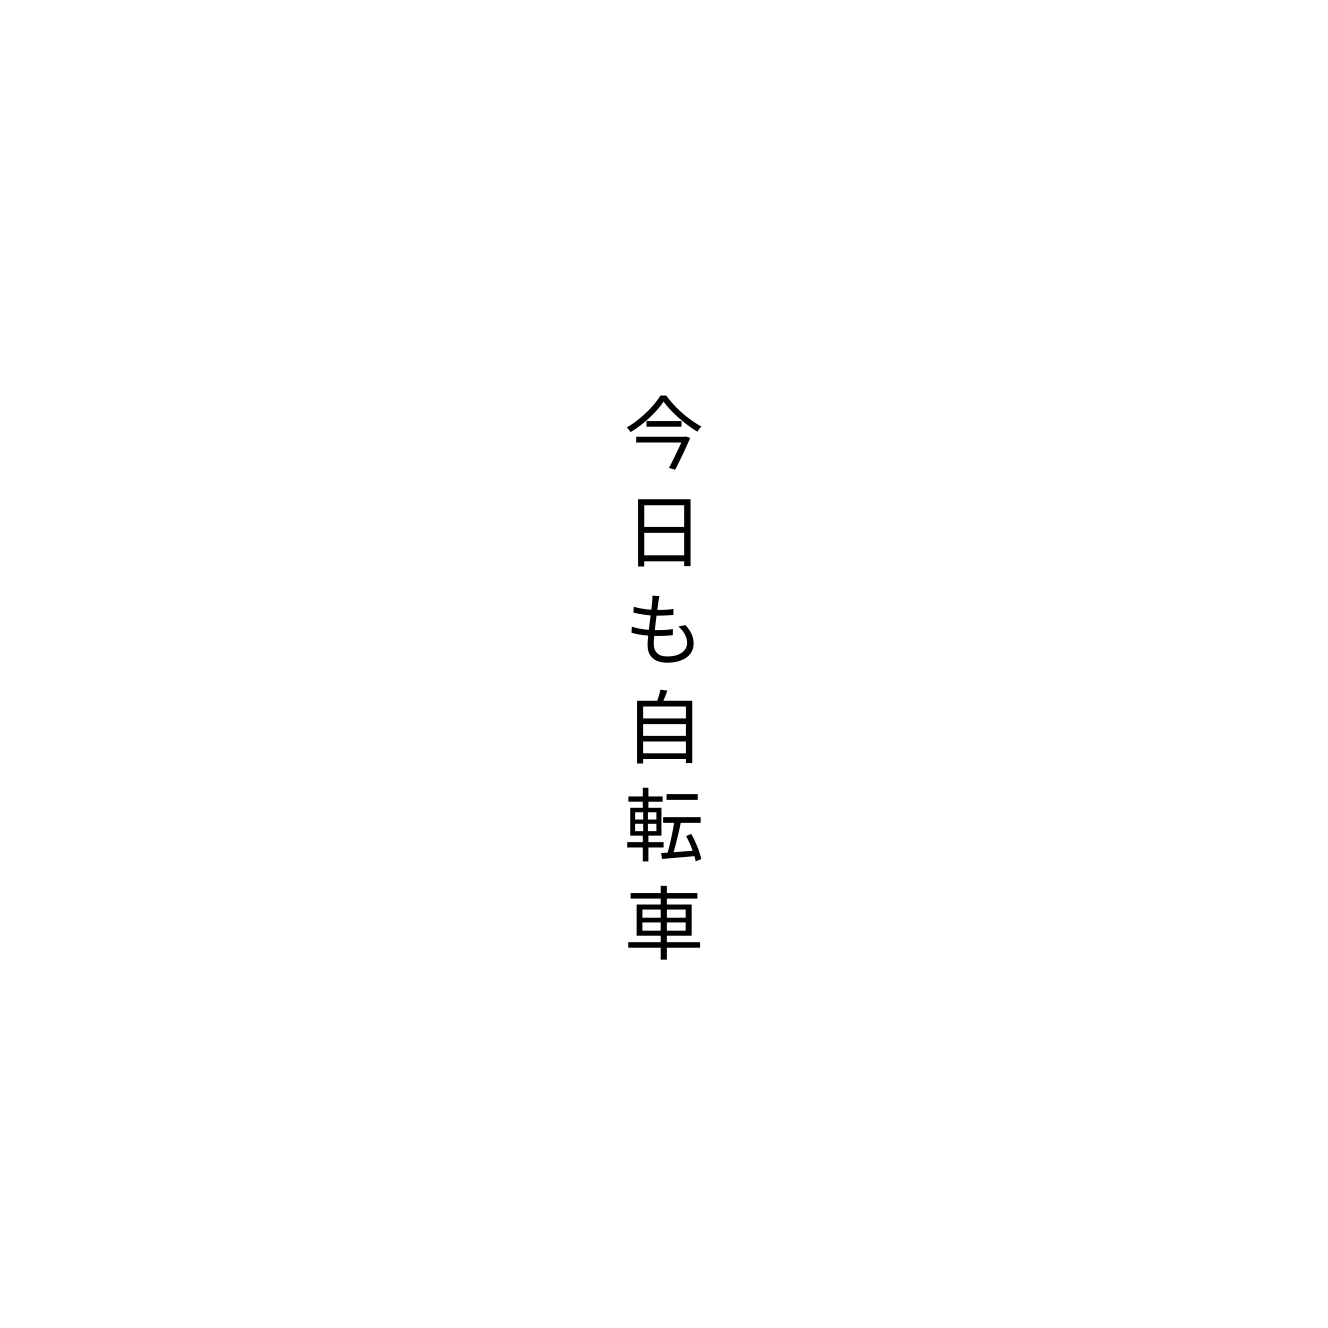
今日も自転車